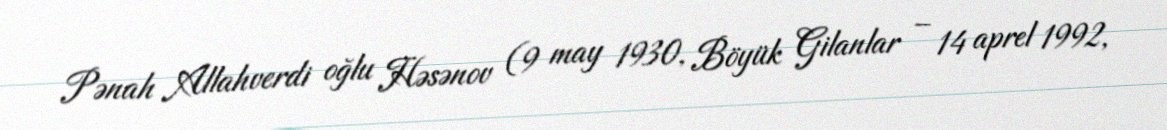
Pənah Allahverdi oğlu Həsənov (9 may 1930, Böyük Gilanlar – 14 aprel 1992,